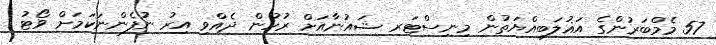
57 މެމްބަރުންގެ އަޣުލަބިއްޔަތުން މިނިސްޓަރ ޝައުނާއަށް ރުހުން ދެއްވި އިރު ނުފެންނަކަމަށް ވޯޓު